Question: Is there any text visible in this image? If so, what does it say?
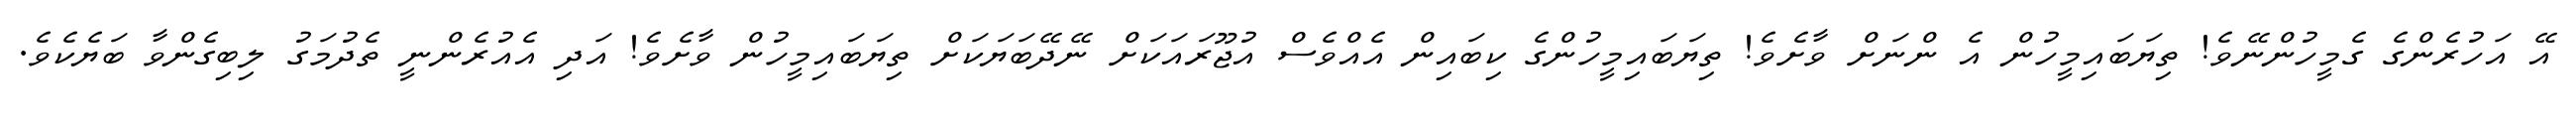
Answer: އޭ އަހުރެންގެ ގެމީހުންނޭވެ! ތިޔަބައިމީހުން އެ ންނަށް ވާށެވެ! ތިޔަބައިމީހުންގެ ކިބައިން އެއްވެސް އުޖޫރައަކަށް ނޭދޭބަޔަކަށް ތިޔަބައިމީހުން ވާށެވެ! އަދި އެއުރެންނީ ތެދުމަގު ލިބިގެންވާ ބަޔެކެވެ.